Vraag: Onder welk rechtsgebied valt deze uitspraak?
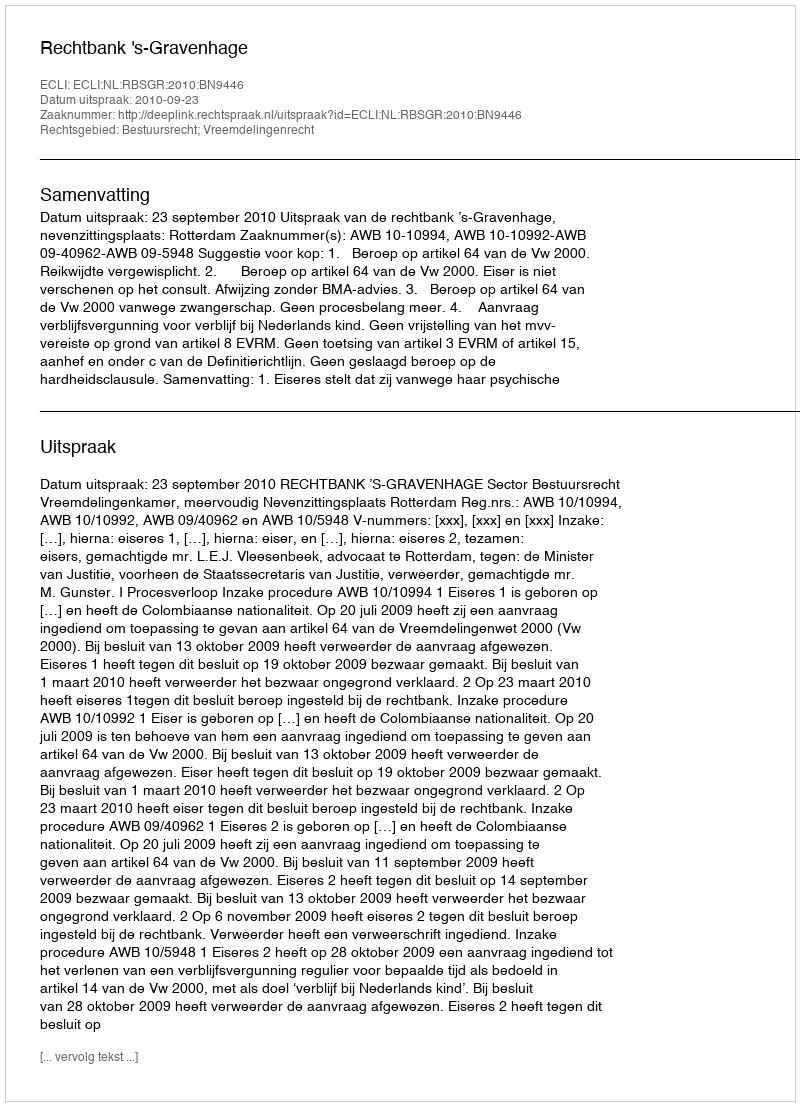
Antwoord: Bestuursrecht; Vreemdelingenrecht